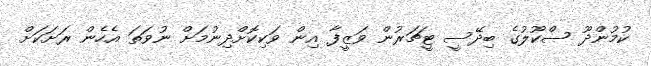
ކުމުންދޫ ސްކޫލުގެ ބިދޭސީ ޓީޗަރުން ވަޒީފާ އިން ވަކިކޮށްދިނުމަށް ނުވަތަ އެހެން ރަށަކަށް